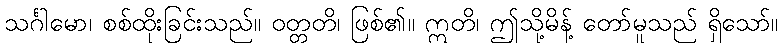
သင်္ဂါမော၊ စစ်ထိုးခြင်းသည်။ ဝတ္တတိ၊ ဖြစ်၏။ ဣတိ၊ ဤသို့မိန့် တော်မူသည် ရှိသော်။